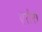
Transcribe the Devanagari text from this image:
एरोरा